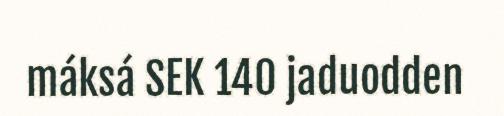
máksá SEK 140 jaduodden